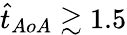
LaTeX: \hat{t}_{AoA}\gtrsim 1.5